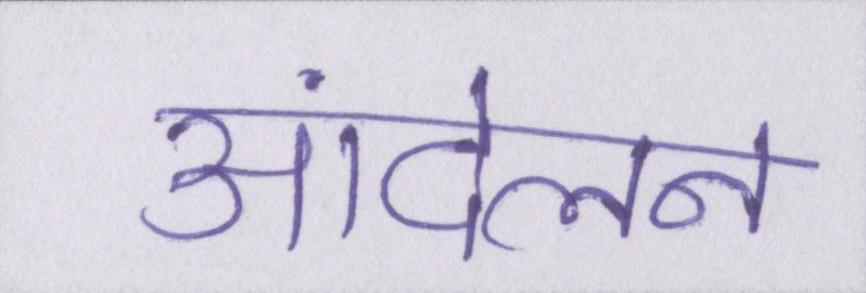
आंदेलन